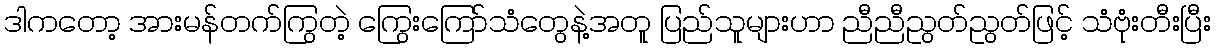
ဒါကတော့ အားမန်တက်ကြွတဲ့ ကြွေးကြော်သံတွေနဲ့အတူ ပြည်သူများဟာ ညီညီညွတ်ညွတ်ဖြင့် သံဗုံးတီးပြီး